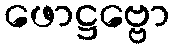
ဖောဋ္ဌဗ္ဗော